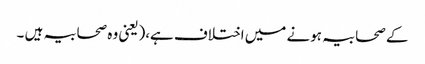
کے صحابیہ ہونے میں اختلاف ہے،(یعنی وہ صحابیہ ہیں ۔